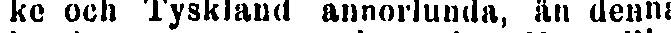
ke och Tyskland annorlunda, än denna